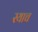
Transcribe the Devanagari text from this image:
रयाच